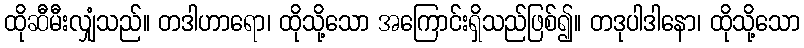
ထိုဆီမီးလျှံသည်။ တဒါဟာရော၊ ထိုသို့သော အကြောင်းရှိသည်ဖြစ်၍။ တဒုပါဒါနော၊ ထိုသို့သော